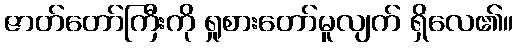
ဇာတ်တော်ကြီးကို ရှုစားတော်မူလျက် ရှိလေ၏။